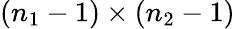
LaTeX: (n_{1}-1)\times(n_{2}-1)